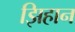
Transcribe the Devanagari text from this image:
झिहान